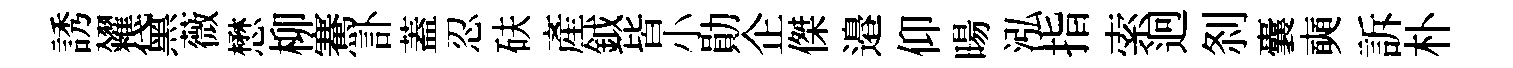
誘糴黛薇懋柳騫訃蓋忍砆產鉞皆小勛企傑邉仰暘泓指索迥𠛴囊奭訴朴